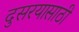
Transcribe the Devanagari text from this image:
दुसरयासाठी